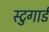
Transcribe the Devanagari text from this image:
स्टुगार्ड